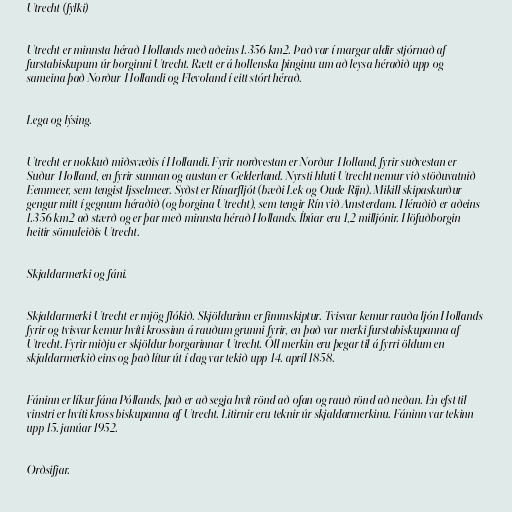
Utrecht (fylki)

Utrecht er minnsta hérað Hollands með aðeins 1.356 km2. Það var í margar aldir stjórnað af
furstabiskupum úr borginni Utrecht. Rætt er á hollenska þinginu um að leysa héraðið upp og
sameina það Norður-Hollandi og Flevoland í eitt stórt hérað.

Lega og lýsing.

Utrecht er nokkuð miðsvæðis í Hollandi. Fyrir norðvestan er Norður-Holland, fyrir suðvestan er
Suður-Holland, en fyrir sunnan og austan er Gelderland. Nyrsti hluti Utrecht nemur við stöðuvatnið
Eemmeer, sem tengist Ijsselmeer. Syðst er Rínarfljót (bæði Lek og Oude Rijn). Mikill skipaskurður
gengur mitt í gegnum héraðið (og borgina Utrecht), sem tengir Rín við Amsterdam. Héraðið er aðeins
1.356 km2 að stærð og er þar með minnsta hérað Hollands. Íbúar eru 1,2 milljónir. Höfuðborgin
heitir sömuleiðis Utrecht.

Skjaldarmerki og fáni.

Skjaldarmerki Utrecht er mjög flókið. Skjöldurinn er fimmskiptur. Tvisvar kemur rauða ljón Hollands
fyrir og tvisvar kemur hvíti krossinn á rauðum grunni fyrir, en það var merki furstabiskupanna af
Utrecht. Fyrir miðju er skjöldur borgarinnar Utrecht. Öll merkin eru þegar til á fyrri öldum en
skjaldarmerkið eins og það lítur út í dag var tekið upp 14. apríl 1858.

Fáninn er líkur fána Póllands, það er að segja hvít rönd að ofan og rauð rönd að neðan. En efst til
vinstri er hvíti kross biskupanna af Utrecht. Litirnir eru teknir úr skjaldarmerkinu. Fáninn var tekinn
upp 15. janúar 1952.

Orðsifjar.